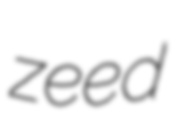
zeed